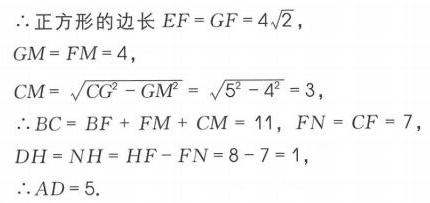
\(\because\)正方形的边长 \(EF = GF = 4\sqrt{2}\)，
\(GM = FM = 4\)，
\(CM = \sqrt{CG^{2}-GM^{2}}=\sqrt{5^{2}-4^{2}} = 3\)，
\(\therefore BC = BF + FM + CM = 11\)，\(FN = CF = 7\)
\(DH = NH = HF - FN = 8 - 7 = 1\)，
\(\therefore AD = 5\).